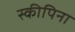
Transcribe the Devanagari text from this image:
स्कीपिना